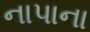
નાપાના